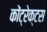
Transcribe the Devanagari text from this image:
कोंट्रेक्टस